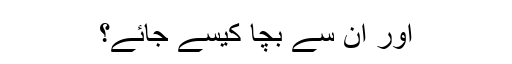
اور ان سے بچا کیسے جائے؟